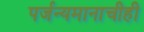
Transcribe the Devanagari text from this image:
पर्जन्यमानाचीही